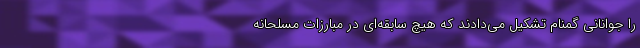
را جوانانی گمنام تشکیل می‌دادند که هیچ سابقه‌ای در مبارزات مسلحانه